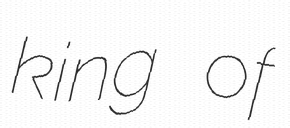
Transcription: king of